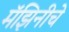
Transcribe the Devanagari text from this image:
मॅझिनीचे